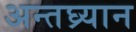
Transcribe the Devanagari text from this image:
अन्तघ्र्यान